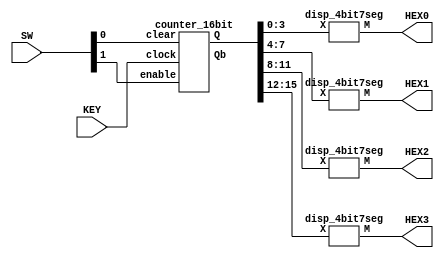
module lab5_part3(KEY, SW, HEX3, HEX2, HEX1, HEX0);
    input KEY;
    input [1:0] SW;
    output [6:0] HEX3, HEX2, HEX1, HEX0;
    
    wire [15:0] Q, Qb;

    counter_16bit A0(SW[1], KEY, SW[0], Q, Qb);

    disp_4bit7seg B0(Q[3:0], HEX0);
    disp_4bit7seg B1(Q[7:4], HEX1);
    disp_4bit7seg B2(Q[11:8], HEX2);
    disp_4bit7seg B3(Q[15:12], HEX3);

endmodule


module counter_16bit(enable, clock, clear, Q, Qb);
    input enable, clock, clear;
    output [15:0] Q, Qb;

    wire [14:0] T;

    T_ff U0(enable, clock, clear, Q[0], Qb[0]);
    assign T[0] = enable&Q[0];
    T_ff U1(T[0], clock, clear, Q[1], Qb[1]);
    assign T[1] = T[0]&Q[1];
    T_ff U2(T[1], clock, clear, Q[2], Qb[2]);
    assign T[2] = T[1]&Q[2];
    T_ff U3(T[2], clock, clear, Q[3], Qb[3]);
    assign T[3] = T[2]&Q[3];
    T_ff U4(T[3], clock, clear, Q[4], Qb[4]);
    assign T[4] = T[3]&Q[4];
    T_ff U5(T[4], clock, clear, Q[5], Qb[5]);
    assign T[5] = T[4]&Q[5];
    T_ff U6(T[5], clock, clear, Q[6], Qb[6]);
    assign T[6] = T[5]&Q[6];
    T_ff U7(T[6], clock, clear, Q[7], Qb[7]);
    assign T[7] = T[6]&Q[7];
    T_ff U8(T[7], clock, clear, Q[8], Qb[8]);
    assign T[8] = T[7]&Q[8];
    T_ff U9(T[8], clock, clear, Q[9], Qb[9]);
    assign T[9] = T[8]&Q[9];
    T_ff U10(T[9], clock, clear, Q[10], Qb[10]);
    assign T[10] = T[9]&Q[10];
    T_ff U11(T[10], clock, clear, Q[11], Qb[11]);
    assign T[11] = T[10]&Q[11];
    T_ff U12(T[11], clock, clear, Q[12], Qb[12]);
    assign T[12] = T[11]&Q[12];
    T_ff U13(T[12], clock, clear, Q[13], Qb[13]);
    assign T[13] = T[12]&Q[13];
    T_ff U14(T[13], clock, clear, Q[14], Qb[14]);
    assign T[14] = T[13]&Q[14];
    T_ff U15(T[14], clock, clear, Q[15], Qb[15]);


endmodule

module T_ff(enable, clock, clear, Q, Qb);
    input enable, clock, clear;
    output reg Q, Qb;

    always @ (posedge clock, negedge clear)
        begin
            if(clear == 1'b0)
                begin
                    Q <= 1'b0;
                    Qb <= 1'b1; 
                end
            else if(enable == 1'b1)
                begin
                    Q <= enable;
                    Qb <= ~enable;
                end
        end

endmodule


module disp_4bit7seg(X, M);

    input [3:0] X;
    output [6:0] M;

    assign M[0] = (~X[3]&~X[2]&~X[1]&X[0]) | (X[2]&~X[1]&~X[0]);
    assign M[1] = (X[2]&~X[1]&X[0]) | (X[2]&X[1]&~X[0]);
    assign M[2] = ~X[3]&~X[2]&X[1]&~X[0];
    assign M[3] = (X[2]&~X[1]&~X[0]) | (~X[3]&~X[2]&~X[1]&X[0]) | (X[2]&X[1]&X[0]);
    assign M[4] = X[0] | (X[2]&~X[1]&~X[0]);
    assign M[5] = (~X[2]&X[1]) | (X[2]&X[1]&X[0]) | (~X[3]&~X[2]&~X[1]&X[0]);
    assign M[6] = (~X[3]&~X[2]&~X[1]) | (X[2]&X[1]&X[0]);

endmodule // Given a 4 bit input, display the corresponding value on a 7-segment display.